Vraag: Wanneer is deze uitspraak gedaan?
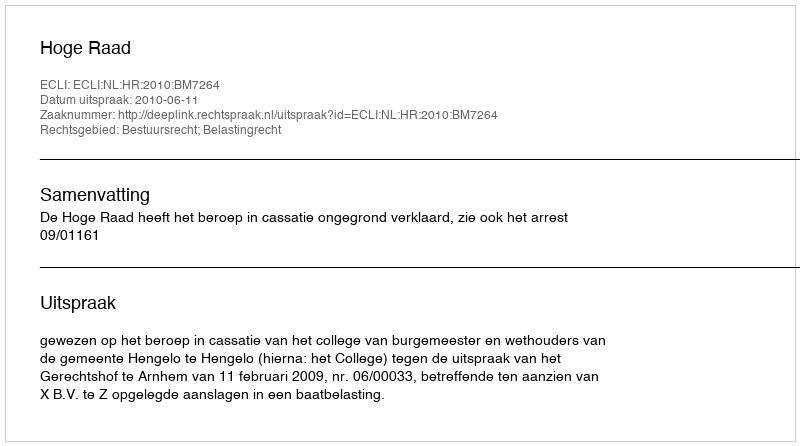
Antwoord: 2010-06-11